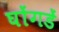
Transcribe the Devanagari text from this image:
घोंगडें